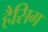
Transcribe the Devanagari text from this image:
हैसिग